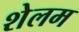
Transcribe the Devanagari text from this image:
शेलम